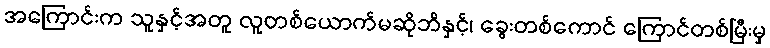
အကြောင်းက သူနှင့်အတူ လူတစ်ယောက်မဆိုဘိနှင့်၊ ခွေးတစ်ကောင် ကြောင်တစ်မြီးမှ